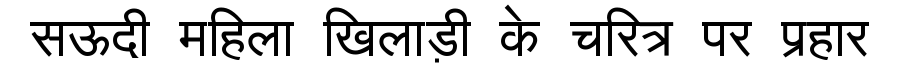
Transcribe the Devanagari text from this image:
सऊदी महिला खिलाड़ी के चरित्र पर प्रहार